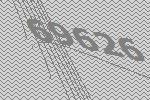
69626